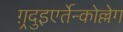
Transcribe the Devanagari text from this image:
ग़्रदुइएर्तेन्कोल्लेग